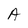
Character: A